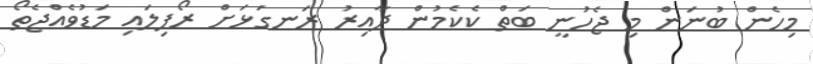
މިހެން ބުނަން މި ޖެހުނީ ބަތް ކެކެމުން ދާއިރު ރަނގަޅަށް ރޯފިލައި މަޑުވެއްޖެތޯ